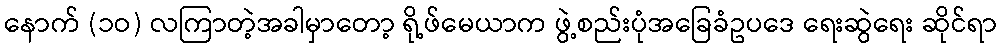
နောက် (၁ဝ) လကြာတဲ့အခါမှာတော့ ရို့ဖ်မေယာက ဖွဲ့စည်းပုံအခြေခံဥပဒေ ရေးဆွဲရေး ဆိုင်ရာ